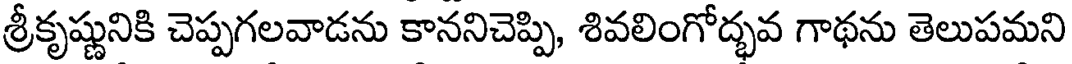
శ్రీకృష్ణునికి చెప్పగలవాడను కాననిచెప్పి, శివలింగోద్భవ గాథను తెలుపమని